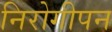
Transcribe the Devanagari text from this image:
निरोगीपन